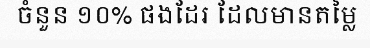
ចំនួន ១០% ផងដែរ ដែលមានតម្លៃ